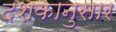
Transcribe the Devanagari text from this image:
दशकानुसार